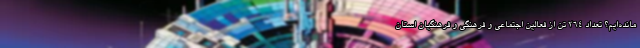
مانده‌ایم؟ تعداد ۲۶۴ تن از فعالین اجتماعی و فرهنگی و فرهنگیان استان